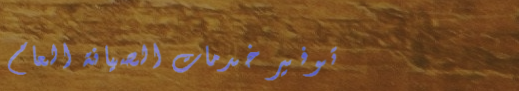
توفير خدمات الصيانة العام